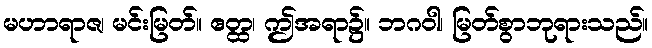
မဟာရာဇ၊ မင်းမြတ်။ ဧတ္ထ၊ ဤအရာ၌။ ဘဂဝါ၊ မြတ်စွာဘုရားသည်။